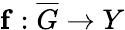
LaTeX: \mathbf{f}:\overline{{G}}\to Y